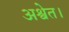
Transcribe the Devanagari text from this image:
अश्वेत।